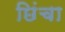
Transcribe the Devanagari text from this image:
छिंचा